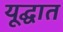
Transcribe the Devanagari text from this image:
यूद्घात